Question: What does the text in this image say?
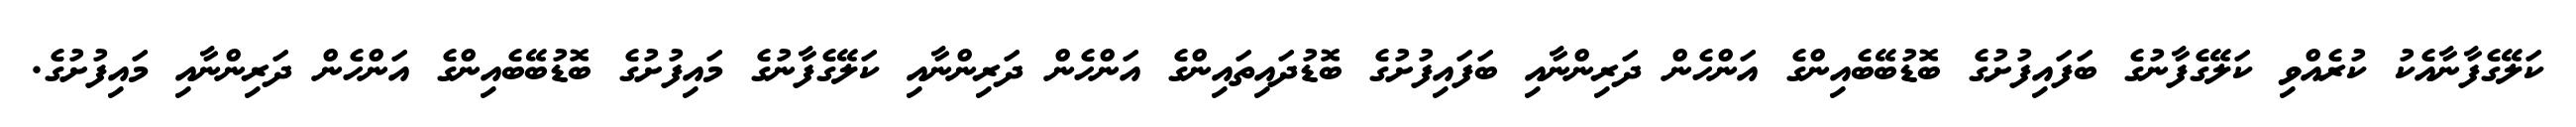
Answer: ކަލޭގެފާނާއެކު ކުރެއްވި ކަލޭގެފާނުގެ ބަފައިފުށުގެ ބޮޑުބޭބެއިންގެ އަންހެން ދަރިންނާއި ބަފައިފުށުގެ ބޮޑުދައިތައިންގެ އަންހެން ދަރިންނާއި ކަލޭގެފާނުގެ މައިފުށުގެ ބޮޑުބޭބެއިންގެ އަންހެން ދަރިންނާއި މައިފުށުގެ.